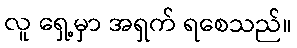
လူ ရှေ့မှာ အရှက် ရစေသည်။